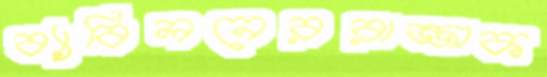
ব্যাবিলনেররাজ্জাক